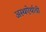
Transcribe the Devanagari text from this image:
अस्थऐर्याची